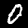
Label: 0